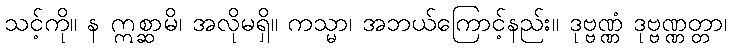
သင့်ကို။ န ဣစ္ဆာမိ၊ အလိုမရှိ။ ကသ္မာ၊ အဘယ်ကြောင့်နည်း။ ဒုဗ္ဗဏ္ဏံ ဒုဗ္ဗဏ္ဏတ္တာ၊